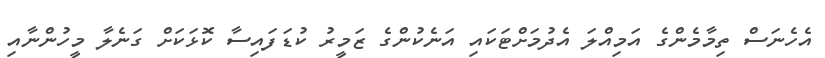
އެހެނަސް ތިމާމެންގެ އަމިއްލަ އެދުމަށްޓަކައި އަނެކުންގެ ޒަމީރު ކުޑަފައިސާ ކޮޅަކަށް ގަނެލާ މީހުންނާއި